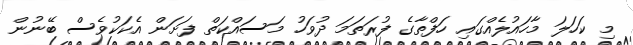
މި ކަހަލަ މާހައުލެއްގައި ހަފްތާގެ ފުރަތަމަ ދުވަހު މަސައްކަތް ފަށަން އެކަކުވެސް ބޭނުން